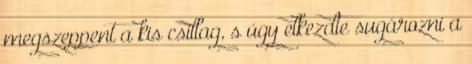
megszeppent a kis csillag, s úgy elkezdte sugározni a